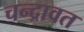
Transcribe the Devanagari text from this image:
चन्द्रावत